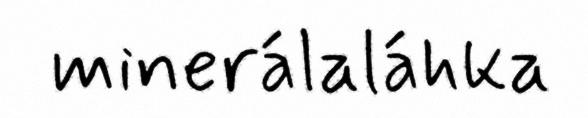
minerálaláhka